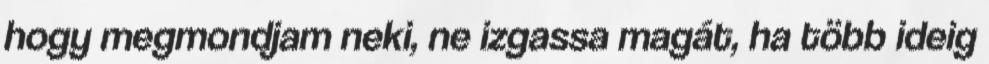
hogy megmondjam neki, ne izgassa magát, ha több ideig